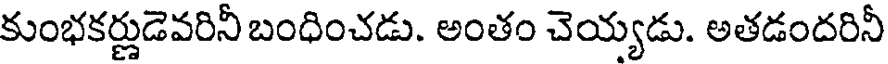
కుంభకర్ణుడెవరినీ బంధించడు. అంతం చెయ్యడు. అతడందరినీ